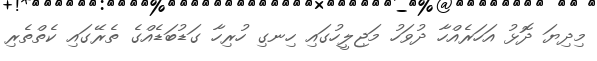
މިދިޔަ ދޮޅު އަހަރެއްހާ ދުވަހު މަޖިލީހުގައި ހިނގި ހުރިހާ ގަޑުބަޑެއްގެ ތެރޭގައި ކެތްތެރި